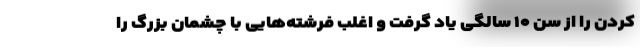
کردن را از سن ۱۰ سالگی یاد گرفت و اغلب فرشته‌هایی با چشمان بزرگ را